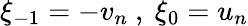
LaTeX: \xi_{-1}=-v_{n}\ ,\ \xi_{0}=u_{n}